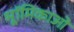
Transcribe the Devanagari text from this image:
भूॉमिकाओ